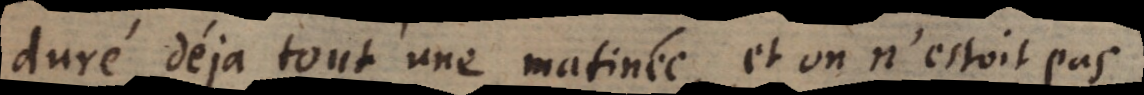
duré déja tout une matinée, et on n’estoit pas